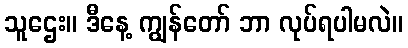
သူဌေး။ ဒီနေ့ ကျွန်တော် ဘာ လုပ်ရပါမလဲ။